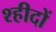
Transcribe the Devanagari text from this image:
श्हीदों